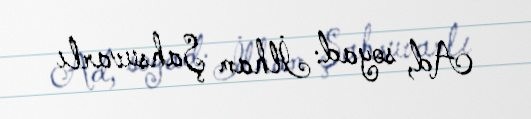
Ad, soyad: İlham Şahsuvarlı